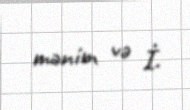
mənim və İ.